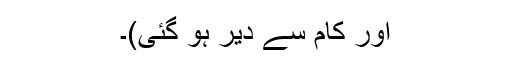
اور کام سے دیر ہو گئی)۔